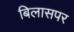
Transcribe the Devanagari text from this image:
बिलासपर